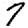
Digit: 7